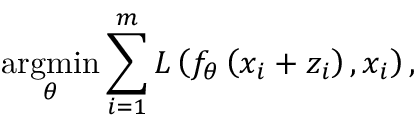
\underset { \theta } { \operatorname { a r g m i n } } \sum _ { i = 1 } ^ { m } L \left( f _ { \theta } \left( x _ { i } + z _ { i } \right) , x _ { i } \right) ,